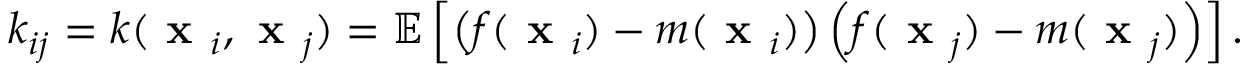
\begin{array} { r } { k _ { i j } = k ( \textbf { x } _ { i } , \textbf { x } _ { j } ) = \mathbb { E } \left[ \left( f ( \textbf { x } _ { i } ) - m ( \textbf { x } _ { i } ) \right) \left( f ( \textbf { x } _ { j } ) - m ( \textbf { x } _ { j } ) \right) \right] . } \end{array}